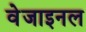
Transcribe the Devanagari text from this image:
वेजाइनल